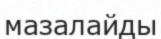
мазалайды